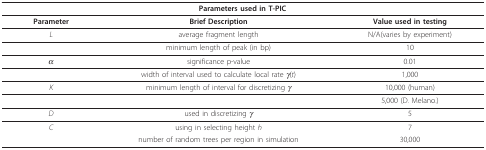
| <COLSPAN=3> Parameters used in T-PIC. |
 | --- | --- | --- |
 | Parameter | Brief Description | Value used in testing |
 | L | average fragment length | N/A(varies by experiment) |
 |  | minimum length of peak (in bp) | 10 |
 | α | significance p-value | 0.01 |
 |  | width of interval used to calculate local rate γ(t) | 1,000 |
 | K | minimum length of interval for discretizing γ | 10,000 (human) |
 |  |  | 5,000 (D. Melano.) |
 | D | used in discretizing γ | 5 |
 | C | using in selecting height h | 7 |
 |  | number of random trees per region in simulation | 30,000 |